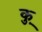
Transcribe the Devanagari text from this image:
कु़